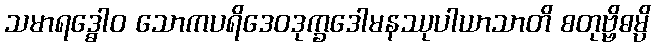
သမာရဒ္ဓေါဝ သောကပရိဒေဝဒုက္ခဒေါမနဿုပါယာသာတိ စတုဗ္ဗိဓမ္ပိ